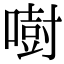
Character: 𠾢